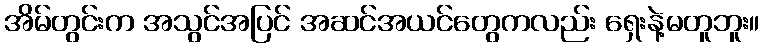
အိမ်တွင်းက အသွင်အပြင် အဆင်အယင်တွေကလည်း ရှေးနဲ့မတူဘူး။